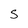
Character: S